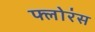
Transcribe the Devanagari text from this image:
फ्लोरंस